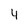
Character: 4